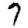
Digit: 7